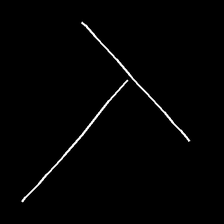
Glyph: column